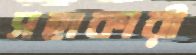
সহাকারী